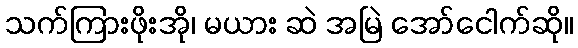
သက်ကြားဖိုးအို၊ မယား ဆဲ အမြဲ အော်ငေါက်ဆို။